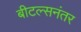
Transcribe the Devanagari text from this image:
बीटल्सनंतर